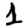
Digit: 1